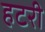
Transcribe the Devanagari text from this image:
हटरी